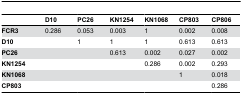
|  | D10 | PC26 | KN1254 | KN1068 | CP803 | CP806 |
 | --- | --- | --- | --- | --- | --- | --- |
 | FCR3 | 0.286 | 0.053 | 0.003 | 1 | 0.002 | 0.008 |
 | D10 |  | 1 | 1 | 1 | 0.613 | 0.613 |
 | PC26 |  |  | 0.613 | 0.002 | 0.027 | 0.002 |
 | KN1254 |  |  |  | 0.286 | 0.002 | 0.293 |
 | KN1068 |  |  |  |  | 1 | 0.018 |
 | CP803 |  |  |  |  |  | 0.286 |